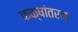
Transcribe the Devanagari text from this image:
कक्षांतरण